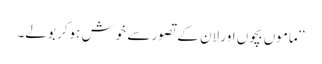
‘‘ ماموں بچوں اور لان کے تصور سے خوش ہوکر بولے۔